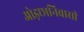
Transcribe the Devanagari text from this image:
ओड़छानिवासी